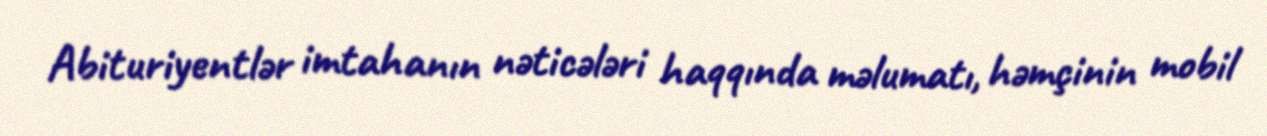
Abituriyentlər imtahanın nəticələri haqqında məlumatı, həmçinin mobil